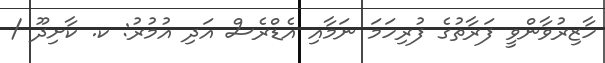
ހާޒިރުވާންވީ ފަރާތުގެ ފުރިހަމަ ނަމާއި އެޑްރެސް އަދި އުމުރު: ކ. ކާށިދޫ /